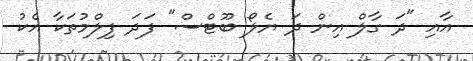
އާއި "ދަ ގާލް އިން ދަ ޔެލޯ ބޫޓްސް" ފަދަ ފިލްމުތަކާ އެކު